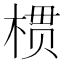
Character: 𱣱